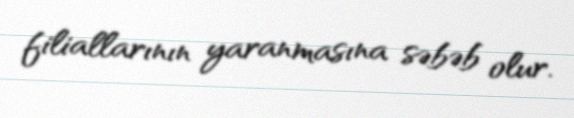
filiallarının yaranmasına səbəb olur.